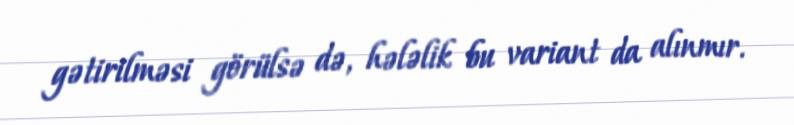
gətirilməsi görülsə də, hələlik bu variant da alınmır.